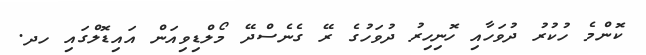
ކޮންމެ ހުކުރު ދުވަހާއި ހޮނިހިރު ދުވަހުގެ ރޭ ގެނެސްދޭ މޯލްޑިވިއަން އައިޑޮލްގައި ހދ.